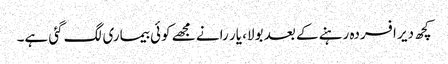
کچھ دیر افسردہ رہنے کے بعد بولا، یار رانے مجھے کوئی بیماری لگ گئی ہے۔